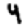
Digit: 4